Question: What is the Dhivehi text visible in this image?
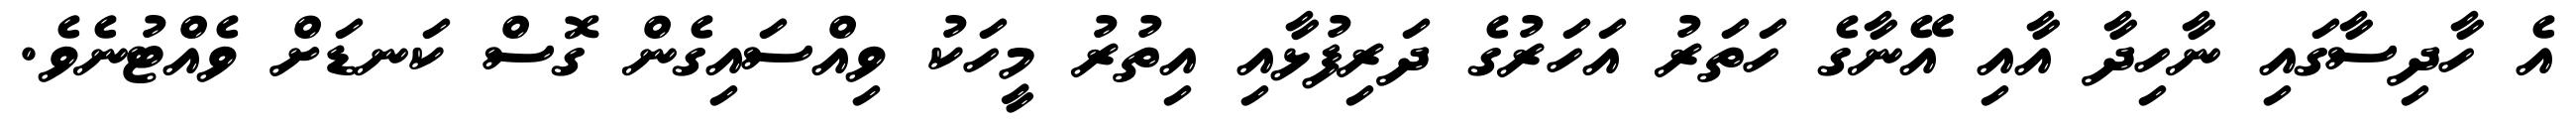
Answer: އެ ހާދިސާގައި ނާހިދާ އާއި އޭނާގެ ހަތަރު އަހަރުގެ ދަރިފުޅާއި އިތުރު މީހަކު ވިއްސައިގެން ގޮސް ކަނޑަށް ވެއްޓުނެވެ.